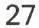
27